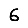
Digit: 6